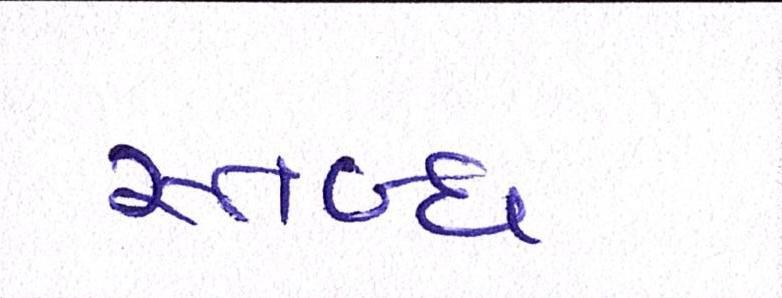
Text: સ્તબ્ધ